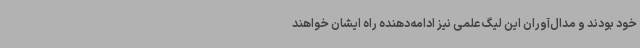
خود بودند و مدال‌آوران این لیگ علمی نیز ادامه‌دهنده راه ایشان خواهند